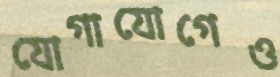
যোগাযোগেও